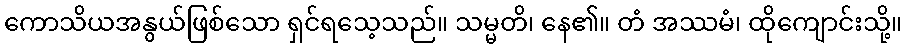
ကောသိယအနွယ်ဖြစ်သော ရှင်ရသေ့သည်။ သမ္မတိ၊ နေ၏။ တံ အဿမံ၊ ထိုကျောင်းသို့။